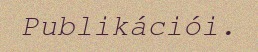
Publikációi.